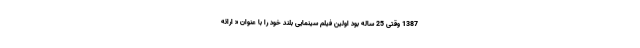
1387 وقتی 25 ساله بود اولین فیلم سینمایی بلند خود را با عنوان « ارائه